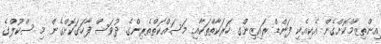
އިންތިޒާމްކޮށްގެން އެކިއެކި ފަންޑް ރައިޒިންގ ހަރަކާތްތަކާއި މަސައްކަތްތެރިންގެ ދުވަސް ފާހަގަކޮށްގެން މި ސްކޫލްގެ